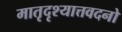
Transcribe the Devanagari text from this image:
मातृदृश्यात्तवदनो